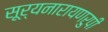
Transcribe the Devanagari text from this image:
सूर्यनारायणरुपी